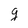
Character: g